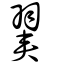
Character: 翜